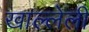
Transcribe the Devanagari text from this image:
खाल्लेली